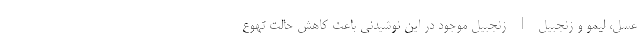
عسل، لیمو و زنجبیل | زنجبیل موجود در این نوشیدنی باعث کاهش حالت تهوع